Regulations for the medical services of the Army of India
Year: 1930
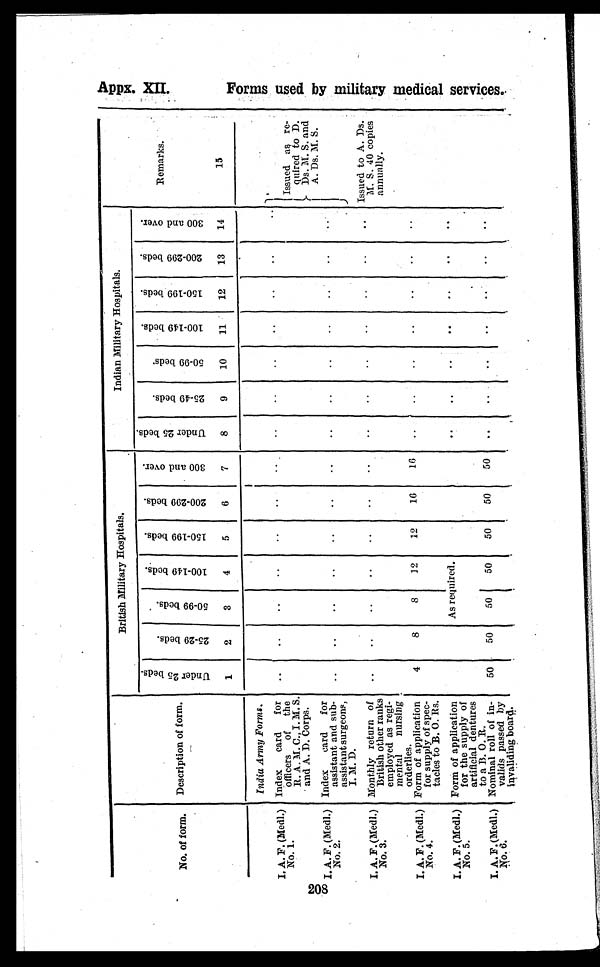
208
No. of form. Description of form.
British Military Hospitals.
Indian Military Hospitals.
Remarks.
15
U n d e r 2 5 b e d s .
1
2 5 - 2 9 b e d s .
2
5 0 - 9 9 b e d s .
3
1 0 0 - 1 4 9 b e d s .
4
1 5 0 - 1 9 9 b e d s .
5
2 0 0 - 2 9 9 b e d s .
6
3 0 0 a n d o v e r .
7
U n d e r 2 5 b e d s .
8
2 5 - 4 9 b e d s .
9
5 0 - 9 9 b e d s .
1 0
1 0 0 - 1 4 9 b e d s .
1 1
1 5 0 - 1 9 9 b e d s .
1 2
2 0 0 - 2 9 9 b e d s .
1 3
3 0 0 a n d o v e r .
1 4
India Army Forms.
_
I. A. F. (Medl)
No. 1.
Index card for
officers of the
R. A. M. C., I. M. S.
and A. D. Corps.
..
..
..
..
..
..
..
..
..
. .
. .
..
..
. . Issued as re-
quired to D.
.
Ds
. .
M.S. a n d
A.
Ds.
M. S
.
I.A. F. (Medl.)
No. 2.
Index card for
assistant and sub-
assistant surgeons,
I . M. D.
..
..
. .
. .
..
..
..
..
..
. .
. .
. .
. .
. .
I. A. F. (Medl.)
No. 3.
Monthly return of
British other ranks
employed as regi-
mental nursing
orderlies.
..
. .
. .
. .
..
..
..
..
..
..
..
..
..
.. Issued to A. Ds.
M. S. 40 copies
annually.
I. A. F. (Medi.)
No. 4.
Form of application
for supply of spec-
tacles to B. O. Rs.
4
8
8
12
12
16
16
..
..
. .
..
. .
. .
. .
I. A. F. (Medl.)
No. 5.
Form of application
for the supply of
artificial dentures
to a B. O. R.
As required.
..
..
. .
..
..
. .
..
I.A.F.(Medl.)
No. 6.
Nominal roll of in-
valids passed by
invaliding board.
50
50
50
50
50
50
50
..
. .
..
..
..
. .
..
Appx. XI I .
F o r m s u s e d b y m i l i t a r y m e d i c a l s e r v i c e s .